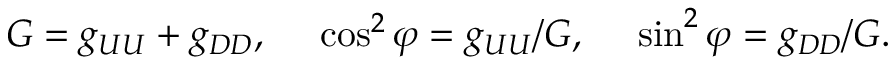
G = g _ { U U } + g _ { D D } , \ \ \ \ \cos ^ { 2 } \varphi = g _ { U U } / G , \ \ \ \ \sin ^ { 2 } \varphi = g _ { D D } / G .